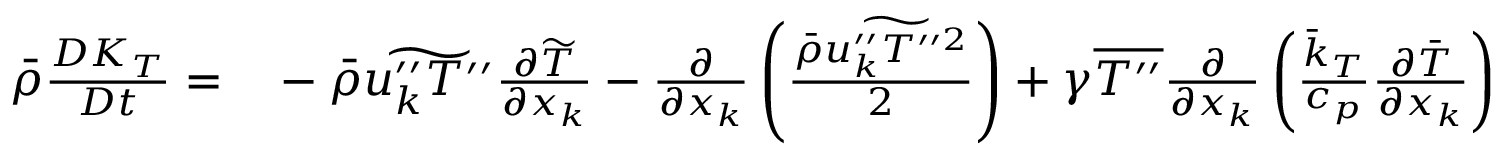
\begin{array} { r l } { \bar { \rho } \frac { D K _ { T } } { D t } = } & { { } - \bar { \rho } \widetilde { u _ { k } ^ { \prime \prime } T ^ { \prime \prime } } \frac { \partial \widetilde { T } } { \partial x _ { k } } - \frac { \partial } { \partial x _ { k } } \left( \frac { \bar { \rho } \widetilde { u _ { k } ^ { \prime \prime } T ^ { \prime \prime 2 } } } { 2 } \right) + \gamma \overline { { T ^ { \prime \prime } } } \frac { \partial } { \partial x _ { k } } \left( \frac { \bar { k } _ { T } } { c _ { p } } \frac { \partial \bar { T } } { \partial x _ { k } } \right) } \end{array}